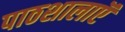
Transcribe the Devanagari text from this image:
पाठशालाऍं